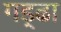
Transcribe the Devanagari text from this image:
गड़्ढा